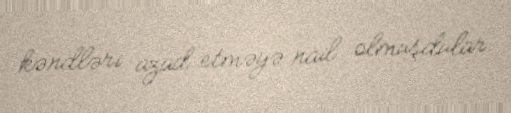
kəndləri azad etməyə nail olmuşdular.